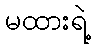
မထားရဲ့